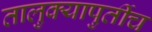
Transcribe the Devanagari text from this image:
तालुक्यापुर्तीच